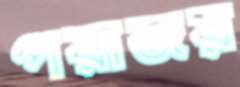
পরাজয়